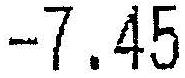
-7.45